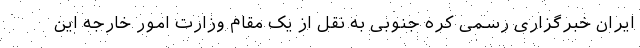
ایران خبرگزاری رسمی کره جنوبی به نقل از یک مقام وزارت امور خارجه این